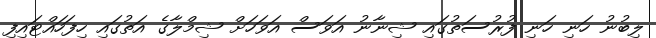
ލިބުނު ހަނި ހަނި ފުރުސަތުގައި ޝިނާނު އަވަސް އަވަހަށް ޝިމްލާގެ އަތުގައި ހިފަހައްޓައިފި